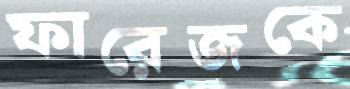
ফারেজকে